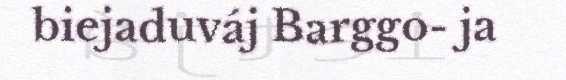
biejaduváj Barggo- ja